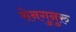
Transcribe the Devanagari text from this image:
सेनगुनुरु